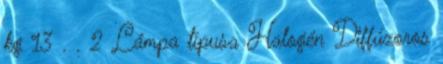
kg 13 . . 2 Lámpa típusa Halogén Diffúzoros